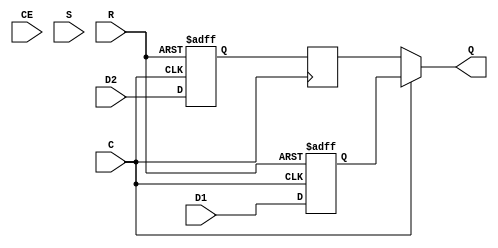
module ODDR_1 (
   Q,
   C, CE, D1, D2, R, S
   );
   parameter DDR_CLK_EDGE=0; 
   parameter INIT=0; 
   parameter SRTYPE=0;
   input  C;    
   input  CE;   
   input  D1;   
   input  D2;   
   input  R;    
   input  S;    
   output Q;    
   reg 	  Q1,Q2;
   reg 	  Q2_reg;
   always @ (posedge C or posedge R)
     if (R)
       Q1 <= 1'b0;
     else
       Q1 <= D1;
   always @ (posedge C or posedge R)
     if (R)
       Q2 <= 1'b0;
     else
       Q2 <= D2;
   always @ (negedge C)
     Q2_reg <= Q2;
   assign Q = C ? Q1 : Q2_reg;
endmodule